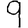
Digit: 9